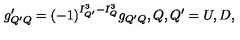
g _ { Q ^ { \prime } Q } ^ { \prime } = { ( - 1 ) } ^ { I _ { Q ^ { \prime } } ^ { 3 } - I _ { Q } ^ { 3 } } g _ { Q ^ { \prime } Q } , Q , Q ^ { \prime } = U , D ,